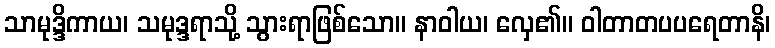
သာမုဒ္ဒိကာယ၊ သမုဒ္ဒရာသို့ သွားရာဖြစ်သော။ နာဝါယ၊ လှေ၏။ ဝါတာတပပရေတာနိ၊